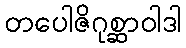
တပေါဇိဂုစ္ဆာဝါဒါ